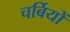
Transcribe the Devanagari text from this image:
चर्बियों